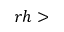
r h >